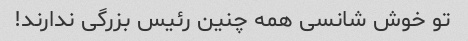
تو خوش شانسی همه چنین رئیس بزرگی ندارند!